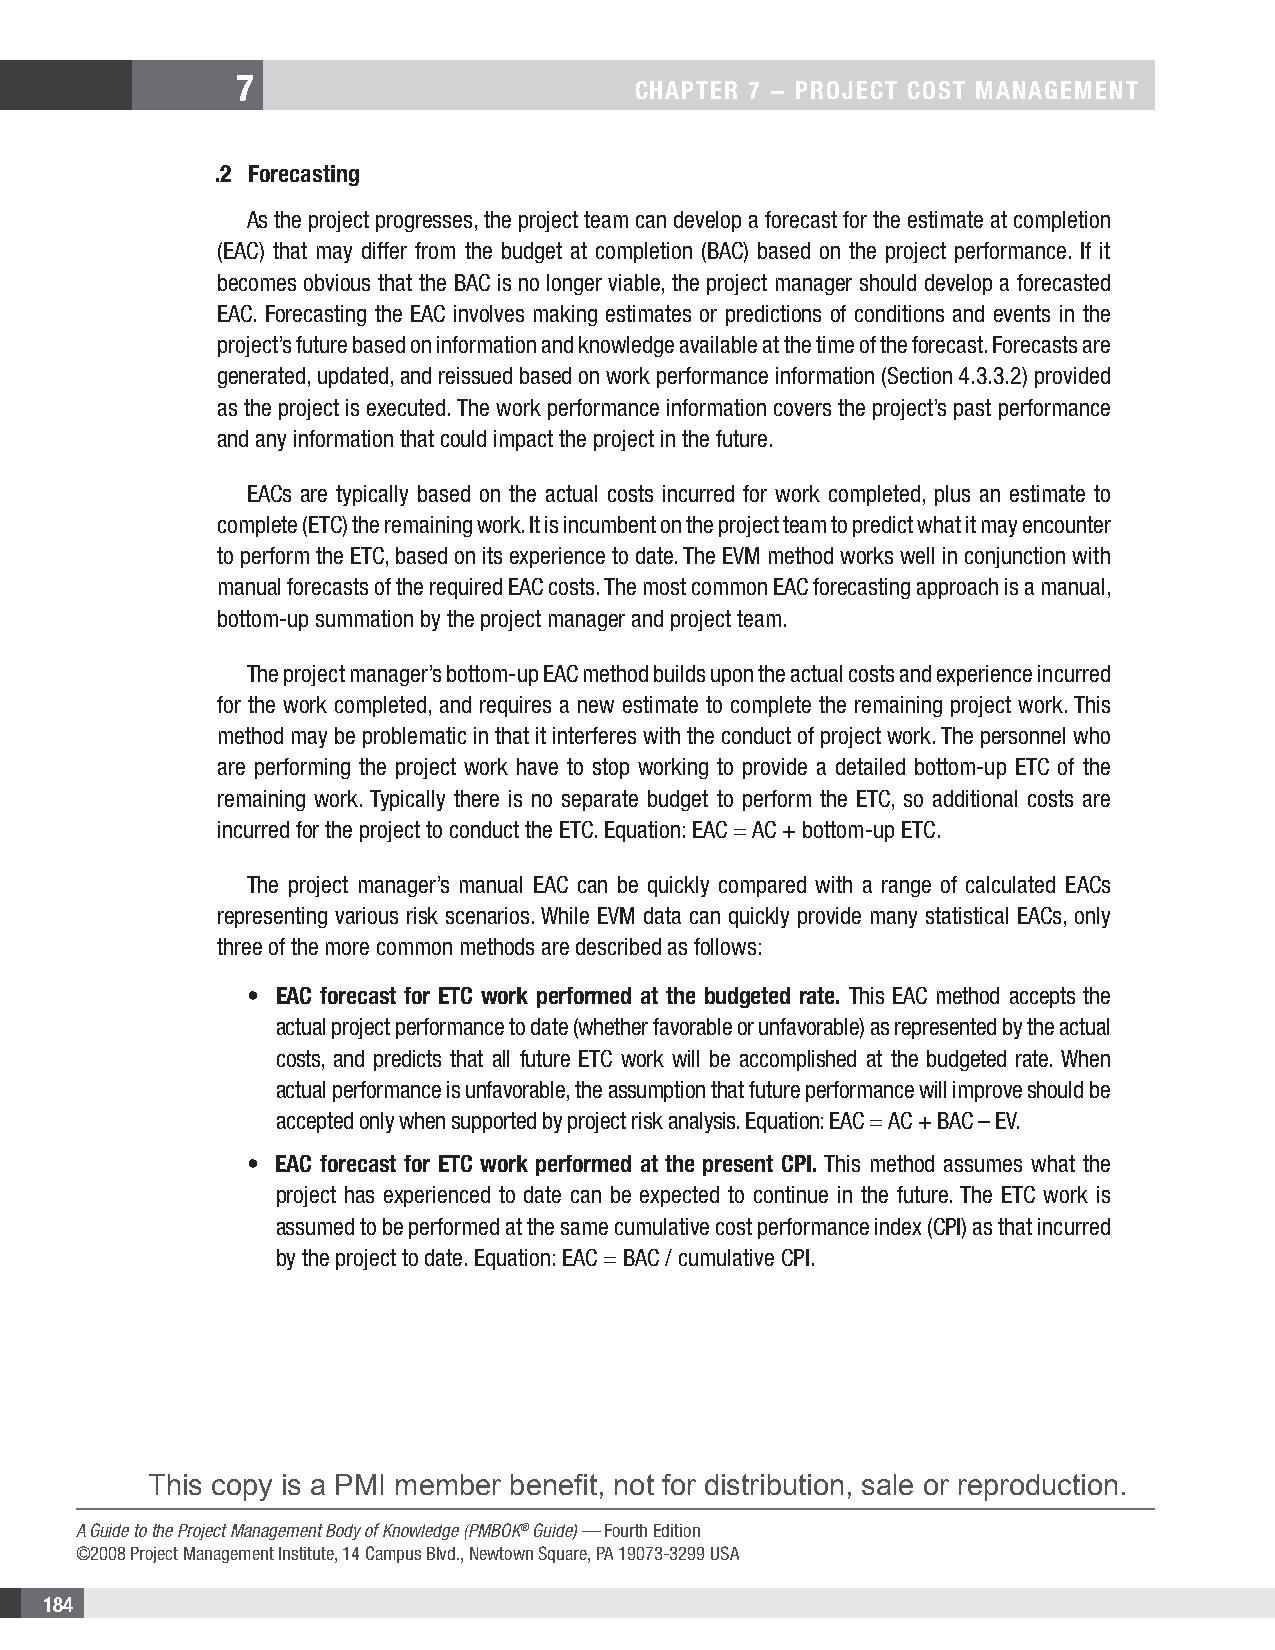
7
 CHAPTER 7 − PROjECT COsT MAnAgEMEnT
 .2 Forecasting
 As the project progresses, the project team can develop a forecast for the estimate at completion
 (EAC) that may differ from the budget at completion (BAC) based on the project performance. If it
 becomes obvious that the BAC is no longer viable, the project manager should develop a forecasted
 EAC. Forecasting the EAC involves making estimates or predictions of conditions and events in the
 project’s future based on information and knowledge available at the time of the forecast. Forecasts are
 generated, updated, and reissued based on work performance information (Section 4.3.3.2) provided
 as the project is executed. The work performance information covers the project’s past performance
 and any information that could impact the project in the future.
 EACs are typically based on the actual costs incurred for work completed, plus an estimate to
 complete (ETC) the remaining work. It is incumbent on the project team to predict what it may encounter
 to perform the ETC, based on its experience to date. The EVM method works well in conjunction with
 manual forecasts of the required EAC costs. The most common EAC forecasting approach is a manual,
 bottom-up summation by the project manager and project team.
 The project manager’s bottom-up EAC method builds upon the actual costs and experience incurred
 for the work completed, and requires a new estimate to complete the remaining project work. This
 method may be problematic in that it interferes with the conduct of project work. The personnel who
 are performing the project work have to stop working to provide a detailed bottom-up ETC of the
 remaining work. Typically there is no separate budget to perform the ETC, so additional costs are
 incurred for the project to conduct the ETC. Equation: EAC = AC + bottom-up ETC.
 The project manager’s manual EAC can be quickly compared with a range of calculated EACs
 representing various risk scenarios. While EVM data can quickly provide many statistical EACs, only
 three of the more common methods are described as follows:
 • EAC forecast for ETC work performed at the budgeted rate. This EAC method accepts the
 actual project performance to date (whether favorable or unfavorable) as represented by the actual
 costs, and predicts that all future ETC work will be accomplished at the budgeted rate. When
 actual performance is unfavorable, the assumption that future performance will improve should be
 accepted only when supported by project risk analysis. Equation: EAC = AC + BAC – EV.
 • EAC forecast for ETC work performed at the present CPI. This method assumes what the
 project has experienced to date can be expected to continue in the future. The ETC work is
 assumed to be performed at the same cumulative cost performance index (CPI) as that incurred
 by the project to date. Equation: EAC = BAC / cumulative CPI.
 This copy is a PMI member benefit, not for distribution, sale or reproduction.
 A Guide to the Project Management Body of Knowledge (PMBOK® Guide) — Fourth Edition
 ©2008 Project Management Institute, 14 Campus Blvd., Newtown Square, PA 19073-3299 USA
 184